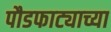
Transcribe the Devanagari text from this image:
पौडफाट्याच्या